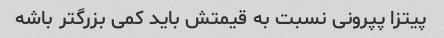
پیتزا پپرونی نسبت به قیمتش باید کمی بزرگتر باشه